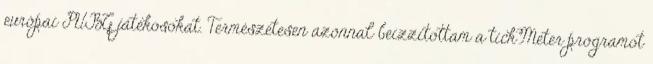
európai PUBG játékosokat. Természetesen azonnal beizzítottam a tickMeter programot